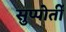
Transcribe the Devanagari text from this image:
सुप्पोर्तीं